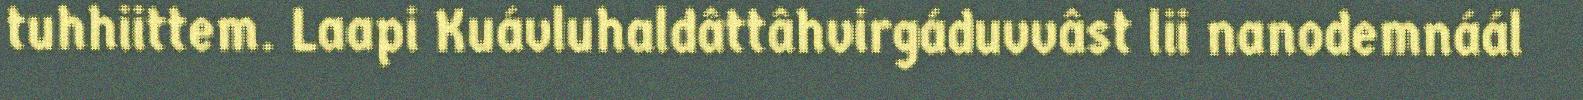
tuhhiittem. Laapi Kuávluhaldâttâhvirgáduvvâst lii nanodemnáál